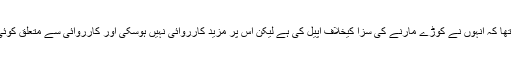
فردوس التوم کے وکیل کا کہنا تھا کہ انہوں نے کوڑے مارنے کی سزا کیخلاف اپیل کی ہے لیکن اس پر مزید کارروائی نہیں ہوسکی اور کارروائی سے متعلق کوئی شیڈول بھی سامنے نہیں آسکا۔